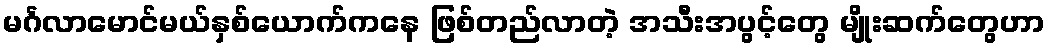
မင်္ဂလာမောင်မယ်နှစ်ယောက်ကနေ ဖြစ်တည်လာတဲ့ အသီးအပွင့်တွေ မျိုးဆက်တွေဟာ